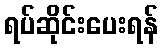
ရပ်ဆိုင်းပေးရန်